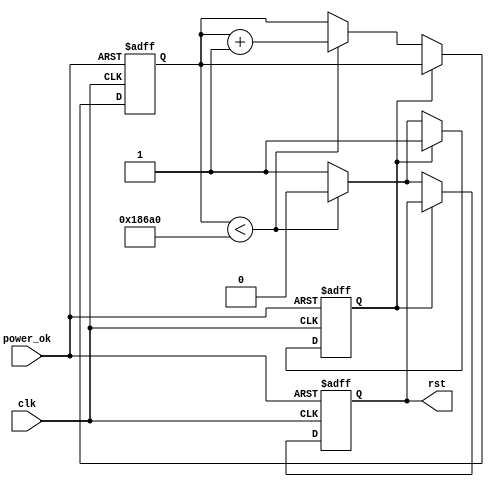
module PowerOnReset #(
    parameter RESET_DURATION = 100_000 // Duration of reset in clock cycles
)(
    input wire clk,          // Clock signal
    input wire power_ok,     // Signal indicating power is stable
    output reg rst           // Active low reset signal
);

    reg [31:0] counter;      // Counter for reset duration
    reg power_stable;        // Indicates if power is stable

    // State machine for reset generation
    always @(posedge clk or negedge power_ok) begin
        if (!power_ok) begin
            // Power is lost, assert reset
            rst <= 1'b0; // Active low reset
            counter <= 0;
            power_stable <= 1'b0;
        end else if (!power_stable) begin
            // Power is stable, start counting
            if (counter < RESET_DURATION) begin
                counter <= counter + 1;
                rst <= 1'b0; // Keep reset asserted
            end else begin
                // Reset duration has elapsed
                rst <= 1'b1; // Deassert reset
                power_stable <= 1'b1; // Mark power as stable
            end
        end
    end

    // Initial conditions
    initial begin
        rst = 1'b0; // Start with reset asserted
        counter = 0;
        power_stable = 1'b0;
    end

endmodule